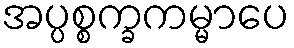
အပ္ပစ္စက္ခကမ္မာပေ